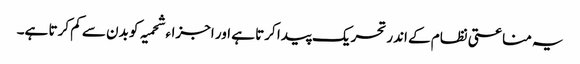
یہ مناعتی نظام کے اندر تحریک پیدا کرتا ہے اور اجزاء شحمیہ کو بدن سے کم کرتا ہے۔